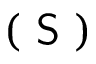
( \textsf { S } )